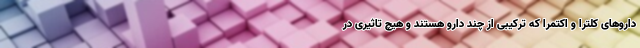
داروهای کلترا و اکتمرا که ترکیبی از چند دارو هستند و هیچ تاثیری در